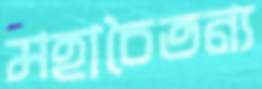
মহাচৈতন্য